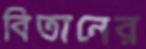
বিতানের